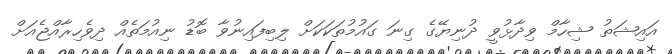
އައިޝަތު ޝިހާމް ވިދާޅުވީ ދުނިޔޭގެ ގިނަ ގައުމުތަކަކަށް ލިބިފައިނުވާ ބޮޑު ނިއުމަތެއް ދިވެހިރާއްޖެއަށް